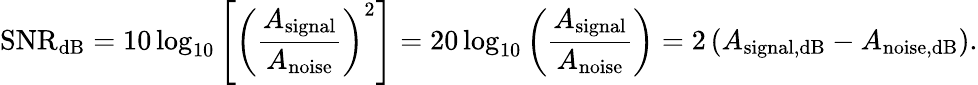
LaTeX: \mathrm{SNR_{dB}}=10\log_{10}\left[\left({\frac{A_{\mathrm{signal}}}{A_{\mathrm{noise}}}}\right)^{2}\right]=20\log_{10}\left({\frac{A_{\mathrm{signal}}}{A_{\mathrm{noise}}}}\right)=2\left({A_{\mathrm{signal,dB}}-A_{\mathrm{noise,dB}}}\right).